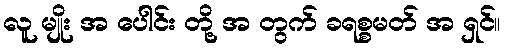
လူ မျိုး အ ပေါင်း တို့ အ တွက် ခရစ္စမတ် အ ရှင်။